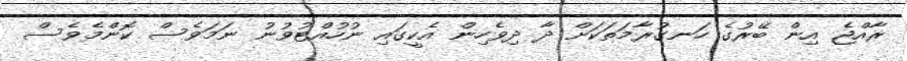
ރާއްޖެ އިން ބޭރުގެ ހަނގުރާމަތަކަށް ދާ ދިވެހިން އެކީގައި ނުހުއްޓުވުނު ނަމަވެސް ކޮންމެވެސް